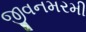
જીવનમરમી